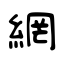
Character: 網